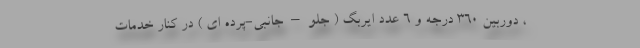
، دوربین 360 درجه و 6 عدد ایربگ ( جلو – جانبی-پرده ای ) در کنار خدمات